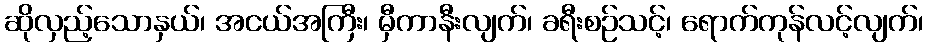
ဆိုလှည့်သောနှယ်၊ အငယ်အကြီး၊ မှီကာနီးလျက်၊ ခရီးစဉ်သင့်၊ ရောက်ကုန်လင့်လျက်၊